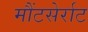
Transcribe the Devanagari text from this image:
मौंटसेर्राट